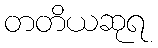
တတိယဆုရ